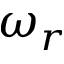
\omega _ { r }